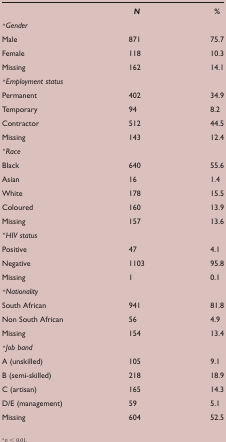
<table><thead><tr><td></td><td><b><i>N</i></b></td><td><b>%</b></td></tr></thead><tbody><tr><td colspan="3">*<i>Gender</i></td></tr><tr><td>Male</td><td>871</td><td>75.7</td></tr><tr><td>Female</td><td>118</td><td>10.3</td></tr><tr><td>Missing</td><td>162</td><td>14.1</td></tr><tr><td colspan="3">*<i>Employment status</i></td></tr><tr><td>Permanent</td><td>402</td><td>34.9</td></tr><tr><td>Temporary</td><td>94</td><td>8.2</td></tr><tr><td>Contractor</td><td>512</td><td>44.5</td></tr><tr><td>Missing</td><td>143</td><td>12.4</td></tr><tr><td colspan="3">*<i>Race</i></td></tr><tr><td>Black</td><td>640</td><td>55.6</td></tr><tr><td>Asian</td><td>16</td><td>1.4</td></tr><tr><td>White</td><td>178</td><td>15.5</td></tr><tr><td>Coloured</td><td>160</td><td>13.9</td></tr><tr><td>Missing</td><td>157</td><td>13.6</td></tr><tr><td colspan="3">*<i>HIV status</i></td></tr><tr><td>Positive</td><td>47</td><td>4.1</td></tr><tr><td>Negative</td><td>1103</td><td>95.8</td></tr><tr><td>Missing</td><td>1</td><td>0.1</td></tr><tr><td colspan="3">*<i>Nationality</i></td></tr><tr><td>South African</td><td>941</td><td>81.8</td></tr><tr><td>Non South African</td><td>56</td><td>4.9</td></tr><tr><td>Missing</td><td>154</td><td>13.4</td></tr><tr><td colspan="3">*<i>Job band</i></td></tr><tr><td>A (unskilled)</td><td>105</td><td>9.1</td></tr><tr><td>B (semi-skilled)</td><td>218</td><td>18.9</td></tr><tr><td>C (artisan)</td><td>165</td><td>14.3</td></tr><tr><td>D/E (management)</td><td>59</td><td>5.1</td></tr><tr><td>Missing</td><td>604</td><td>52.5</td></tr></tbody></table>